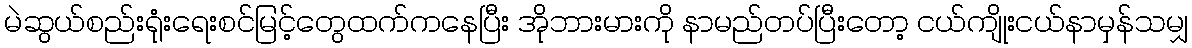
မဲဆွယ်စည်းရုံးရေးစင်မြင့်တွေထက်ကနေပြီး အိုဘားမားကို နာမည်တပ်ပြီးတော့ ငယ်ကျိုးငယ်နာမှန်သမျှ